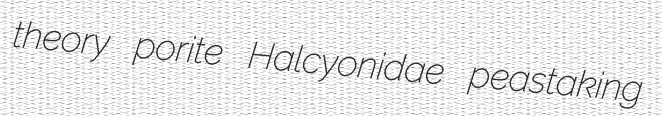
theory porite Halcyonidae peastaking